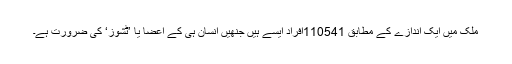
ملک میں ایک اندازے کے مطابق 110541افراد ایسے ہیں جنھیں انسان ہی کے اعضا یا ’ٹشوز‘ کی ضرورت ہے۔